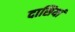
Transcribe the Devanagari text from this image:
दासियां